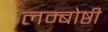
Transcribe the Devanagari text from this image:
लम्बोष्ठी